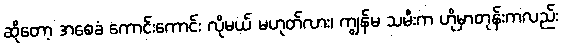
ဆိုတော့ အစေခံ ကောင်းကောင်း လိုမယ် မဟုတ်လား၊ ကျွန်မ သမီးက ဟိုမှာတုန်းကလည်း